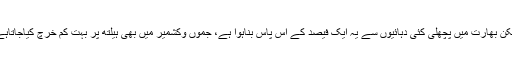
لیکن بھارت میں پچھلی کئی دہائیوں سے یہ ایک فیصد کے آس پاس بناہوا ہے، جموں وکشمیر میں بھی ہیلتھ پر بہت کم خرچ کیاجاتاہے۔